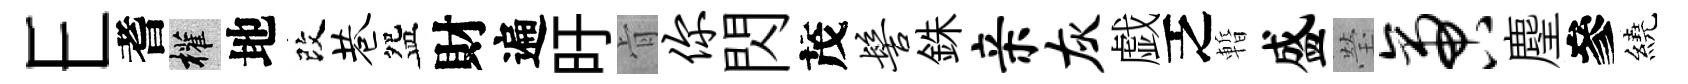
E耆權地改巷盌財遍旴肻你閃茂髻銖亲灰戯乏暫盛瑩啻麈參繞